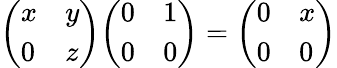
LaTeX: {\left(\begin{array}{ll}{x}&{y}\\ {0}&{z}\end{array}\right)}{\left(\begin{array}{ll}{0}&{1}\\ {0}&{0}\end{array}\right)}={\left(\begin{array}{ll}{0}&{x}\\ {0}&{0}\end{array}\right)}